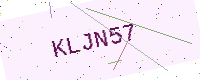
Text: KLJN57